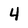
Character: 4